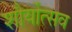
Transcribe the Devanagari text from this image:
शौर्योत्सव